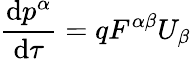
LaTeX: {\frac{\mathrm{d}p^{\alpha}}{\mathrm{d}\tau}}=qF^{\alpha\beta}U_{\beta}